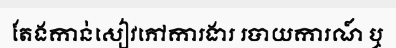
តែងកាន់សៀវភៅការងារ របាយការណ៍ ឬ